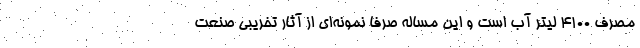
مصرف ۴۱۰۰ لیتر آب است و این مساله صرفا نمونه‌ای از آثار تخریبی صنعت